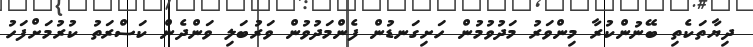
ދިޔާތަކެތި ބޭނުންކުރާ މިންވަރު މަދުވުމުން ހަށިގަނޑުން ފެންމަދުވުން ވަރުބަލި ވަންދެން ކަސްރަތު ކުރުމަށްފަހު